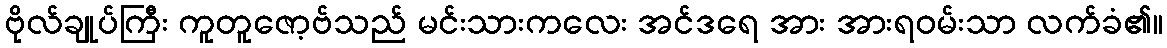
ဗိုလ်ချုပ်ကြီး ကူတူဇော့ဗ်သည် မင်းသားကလေး အင်ဒရေ အား အားရဝမ်းသာ လက်ခံ၏။